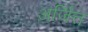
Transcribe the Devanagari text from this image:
अर्जित्त